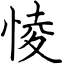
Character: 㥄